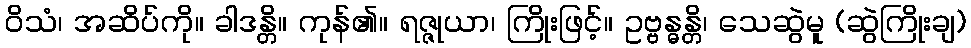
ဝိသံ၊ အဆိပ်ကို။ ခါဒန္တိ။ ကုန်၏။ ရဇ္ဇုယာ၊ ကြိုးဖြင့်။ ဥဗ္ဗန္ဓန္တိ၊ သေဆွဲမူ (ဆွဲကြိုးချ)